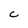
Character: c